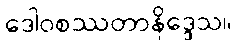
ဒေါဝစဿတာနိဒ္ဒေသ။